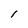
Character: 1